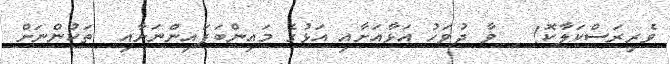
ވެރިރަސްކަލާކޮ!   ވާ ދުވަހު އަޅާއަށާއި އަޅުގެ މައިންބަފައިންނަށާއި  ތަކުންނަށް